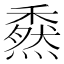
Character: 𥢯